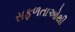
સફળતાઓથી